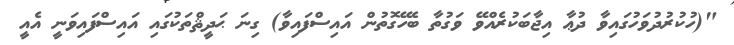
"(ހުކުރުދުވަހުގައިވާ ދުޢާ އިޖާބަކުރެއްވޭ ވަގުތާ ބެހޭގޮތުން އައިސްފައިވާ) ގިނަ ޙަދީޘްތަކުގައި އައިސްފައިވަނީ އެއީ